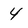
Character: 4